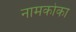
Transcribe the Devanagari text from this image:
नामकोका